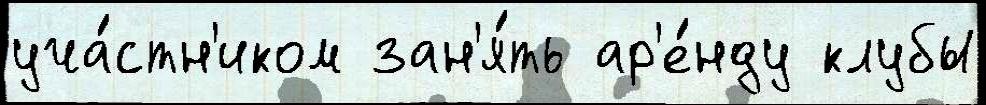
уча́стн'иком зан'я́ть ар'е́нду клубы